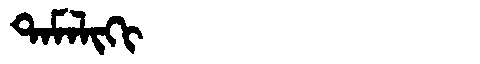
Manchu: ᡨᠠᠮᠠᠯᡳᡴᡳ
Romanization: TAMALIKI